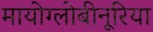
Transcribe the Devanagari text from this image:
मायोग्लोबीनूरिया